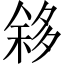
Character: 𱘧